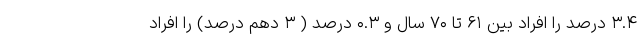
۳.۴ درصد را افراد بین ۶۱ تا ۷۰ سال و ۰.۳ درصد ( ۳ دهم درصد) را افراد